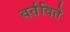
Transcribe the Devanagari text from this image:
वर्तविते